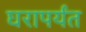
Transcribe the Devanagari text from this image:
घरापर्यंत